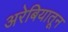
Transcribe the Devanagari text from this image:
अरेबियातून